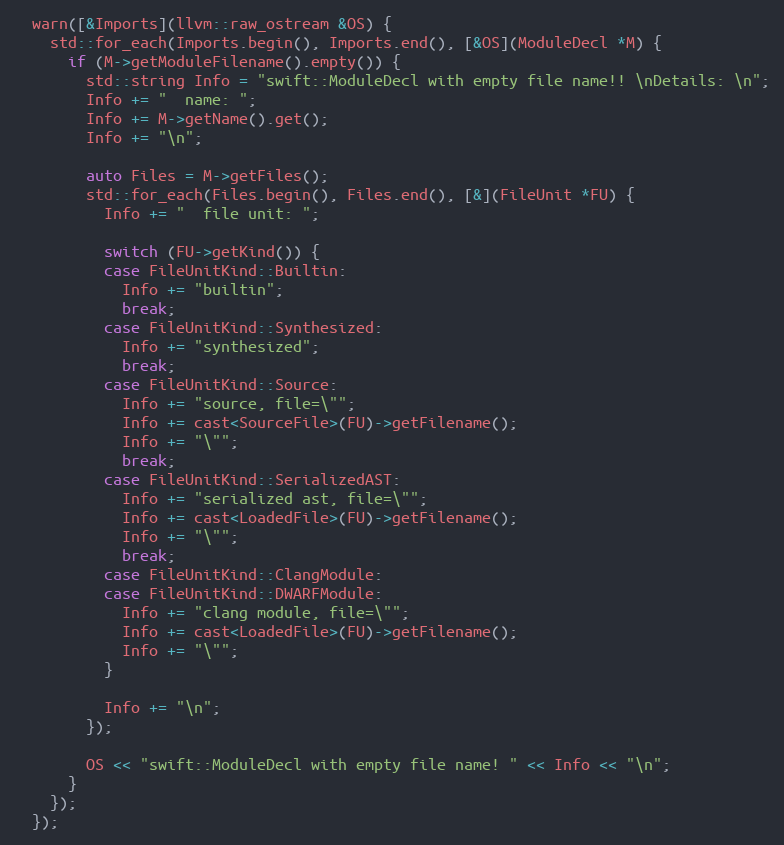
Language: C++
  warn([&Imports](llvm::raw_ostream &OS) {
    std::for_each(Imports.begin(), Imports.end(), [&OS](ModuleDecl *M) {
      if (M->getModuleFilename().empty()) {
        std::string Info = "swift::ModuleDecl with empty file name!! \nDetails: \n";
        Info += "  name: ";
        Info += M->getName().get();
        Info += "\n";

        auto Files = M->getFiles();
        std::for_each(Files.begin(), Files.end(), [&](FileUnit *FU) {
          Info += "  file unit: ";

          switch (FU->getKind()) {
          case FileUnitKind::Builtin:
            Info += "builtin";
            break;
          case FileUnitKind::Synthesized:
            Info += "synthesized";
            break;
          case FileUnitKind::Source:
            Info += "source, file=\"";
            Info += cast<SourceFile>(FU)->getFilename();
            Info += "\"";
            break;
          case FileUnitKind::SerializedAST:
            Info += "serialized ast, file=\"";
            Info += cast<LoadedFile>(FU)->getFilename();
            Info += "\"";
            break;
          case FileUnitKind::ClangModule:
          case FileUnitKind::DWARFModule:
            Info += "clang module, file=\"";
            Info += cast<LoadedFile>(FU)->getFilename();
            Info += "\"";
          }

          Info += "\n";
        });

        OS << "swift::ModuleDecl with empty file name! " << Info << "\n";
      }
    });
  });